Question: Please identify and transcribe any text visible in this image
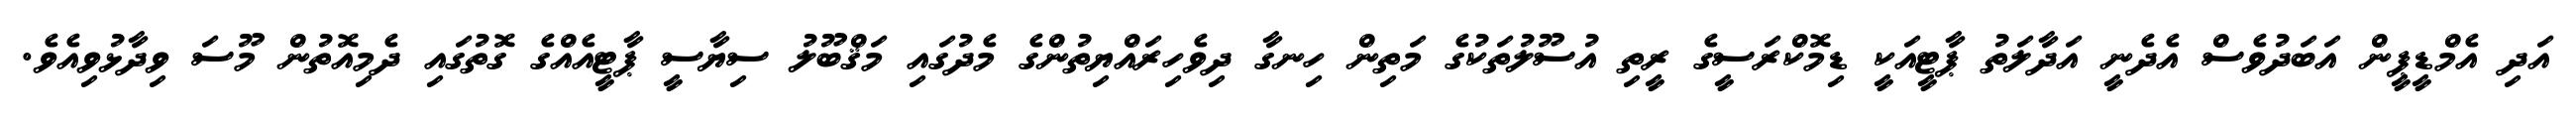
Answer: އަދި އެމްޑީޕީން އަބަދުވެސް އެދެނީ އަދާލަތު ޕާޓީއަކީ ޑިމޮކްރަސީގެ ރީތި އުސޫލުތަކުގެ މަތިން ހިނގާ ދިވެހިރައްޔިތުންގެ މެދުގައި މަޤްބޫލު ސިޔާސީ ޕާޓީއެއްގެ ގޮތުގައި ދެމިއޮތުން މޫސަ ވިދާޅުވިއެވެ.